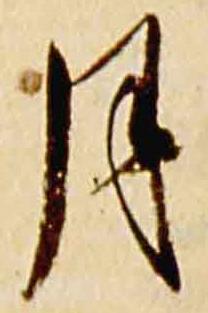
月